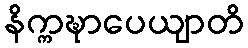
နိက္ကဍ္ဎာပေယျာတိ